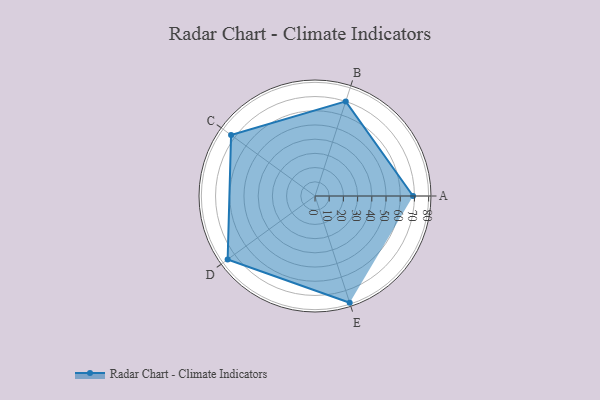
{"axis": {"x": "Skill", "y": "Score"}, "legend": ["Profile"], "data": [{"x": "A", "y": 69.0, "type": "Profile"}, {"x": "B", "y": 70.0, "type": "Profile"}, {"x": "C", "y": 73.0, "type": "Profile"}, {"x": "D", "y": 76.0, "type": "Profile"}, {"x": "E", "y": 79.0, "type": "Profile"}]}